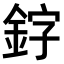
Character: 𫒛